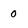
Character: o